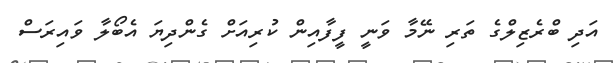
އަދި ބްރެޒިލްގެ ތަރި ނޭމާ ވަނީ ފީފާއިން ކުރިއަށް ގެންދިޔަ އެބޯލާ ވައިރަސް